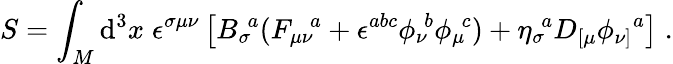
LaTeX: S=\int_{M}\mathrm{d}^{3}x\; \epsilon^{\sigma\mu\nu}\left[{B_{\sigma}}\! ^{a}({F_{\mu\nu}}\! ^{a}+\epsilon^{abc}{\phi_{\nu}}\! ^{b}{\phi_{\mu}}\! ^{c})+{\eta_{\sigma}}\! ^{a}D_{[\mu}{\phi_{\nu]}}^{a}\right]\; .